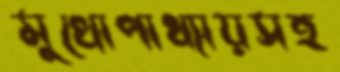
মুখোপাধ্যায়সহ